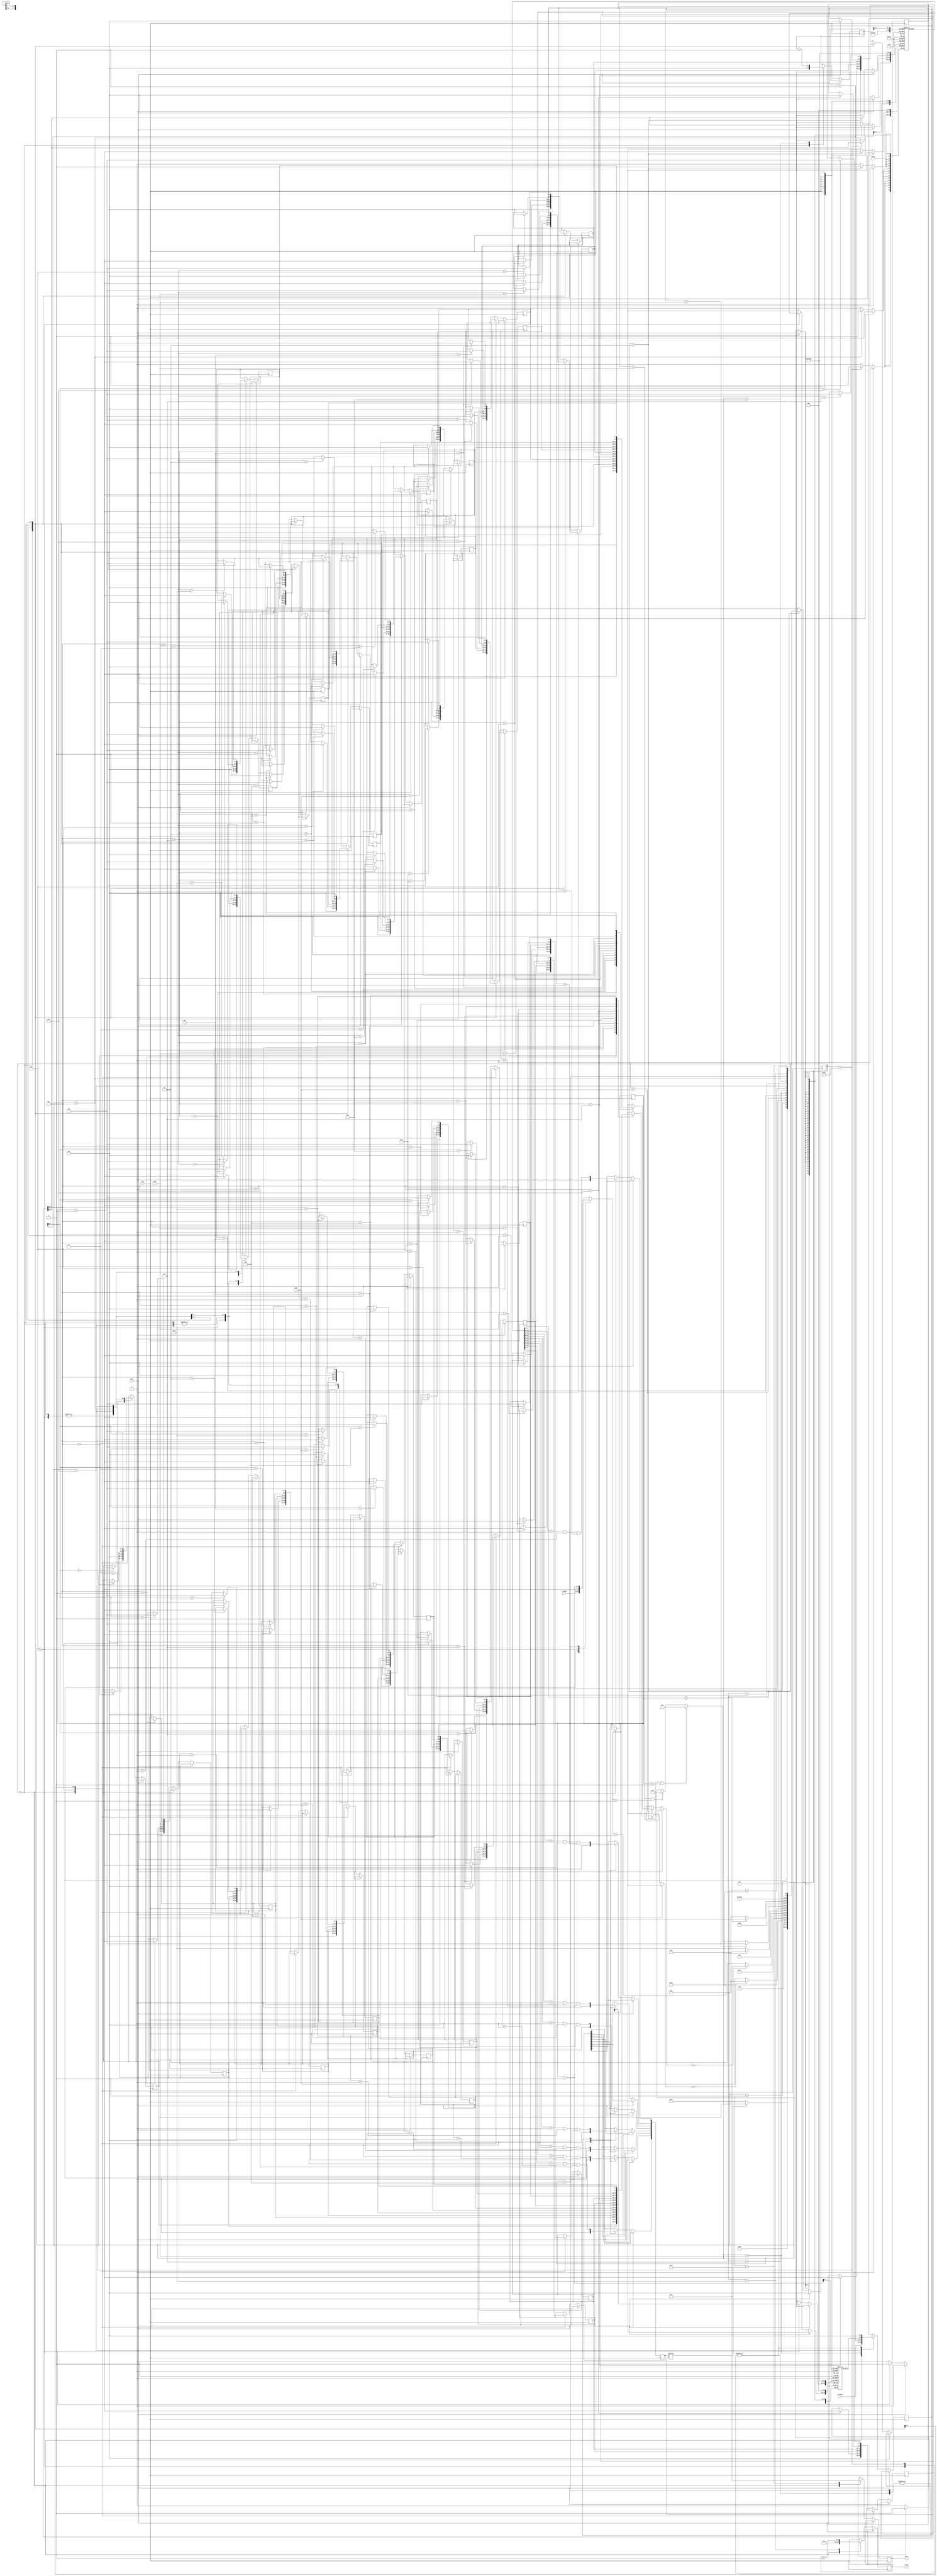
`timescale 1ns / 1ps
//////////////////////////////////////////////////////////////////////////////////
// Company: 
// Engineer: 
// 
// Design Name: 
// Module Name: Solver
// Project Name: 
// Target Devices: 
// Tool Versions: 
// Description: 
// 
// Dependencies: 
// 
// Revision:
// Revision 0.01 - File Created
// Additional Comments:
// 
//////////////////////////////////////////////////////////////////////////////////

module Solver #(parameter N = 5'd8, REGWIDTH = 5)(/*N, */i_colPtr, i_rowPtr, clk, reset, count, done);

    //parameter REGWIDTH = 5;
    
    //input [4:0] N;
    input [4:0] i_colPtr, i_rowPtr;
    input clk, reset;
    output reg [63:0] count;
    output reg done;
    
    reg [REGWIDTH - 1:0] minReg[(2*N-2):0], majReg[(2*N-2):0]; // minReg and majReg sizes are 2N-1
    reg [REGWIDTH - 1:0] colReg[(N-1):0], colPtrMem[(N-1):0]; // colReg and colPtrMem sizes are N
    reg [REGWIDTH - 1:0] colPtr, rowPtr, tempColPtr;
    reg [(N-1):0] conflicts;

    localparam STATE_0 = 5'b00000, 
               STATE_1 = 5'b00001,
               STATE_2 = 5'b00010, 
               STATE_3 = 5'b00011, 
               STATE_4 = 5'b00100,
               STATE_5 = 5'b00101,
               STATE_6 = 5'b00110, 
               STATE_7 = 5'b00111, 
               STATE_8 = 5'b01000, 
               STATE_9 = 5'b01001, 
               STATE_10 = 5'b01010, 
               STATE_11 = 5'b01011, 
               STATE_12 = 5'b01100, 
               STATE_13 = 5'b01101, 
               STATE_14 = 5'b01110, 
               STATE_15 = 5'b01111, 
               STATE_16 = 5'b10000,
               STATE_8_5 = 5'b10001;

    reg [4:0] nextState;
    
    integer i;
    
    always @(posedge clk) begin
        if (reset) begin
            nextState <= STATE_0;
        end
        else begin
            case (nextState) 
                
                STATE_0: begin
                    for (i = 0; i < N; i = i + 1) begin
                        colReg[i] <= 0; colPtrMem[i] <= 0;
                    end
                    for (i = 0; i < (2*N-1); i = i + 1) begin
                        minReg[i] <= 0; majReg[i] <= 0; 
                    end
                    colPtr <= i_colPtr; rowPtr <= i_rowPtr; tempColPtr <= 0; conflicts <= 0; count <= 0; done <= 0;
                    //conflicts <= conflictsIn;
                    
                    nextState <= STATE_16;
                end
                
                STATE_1: begin
                /*If there is not a conflict in the current column, go to state that will place Queen in this row, column
                  If there is a conflict in the current column, go to state that will increment column pointer (move left)*/ 
                    if (conflicts[colPtr] == 0) begin
                        nextState <= STATE_2;
                    end
                    else begin
                        nextState <= STATE_8;
                    end
                end
                
                STATE_2: begin
                /*Checking if location pointed at by column pointer in minReg is available*/
                /*Row pinter has one added to it for comparison, as a zero indicates no conflict*/
                    colReg[colPtr] <= rowPtr + 1;
                
                    if (minReg[colPtr] == 0) begin
                        nextState <= STATE_3;
                    end
                    else begin
                        nextState <= STATE_4;
                    end
                end
                
                STATE_3: begin
                /*Update minReg to reflect newly placed Queen conflict*/
                /*Row pinter has one added to it for comparison, as a zero indicates no conflict*/
                    minReg[colPtr] = rowPtr + 1;
                    
                    nextState <= STATE_4;
                end
                
                STATE_4: begin
                /*Checking if location pointed at by column pointer in majReg is available*/
                    if (majReg[colPtr+(N-1)] == 0) begin
                        nextState <= STATE_5;
                    end
                    else begin
                        nextState <= STATE_6;
                    end
                end
                
                STATE_5: begin
                /*Update majReg to reflect newly placed Queen conflict*/
                /*Row pinter has one added to it for comparison, as a zero indicates no conflict*/
                    majReg[colPtr+(N-1)] = rowPtr + 1;
                    
                    nextState <= STATE_6;
                end
                
                STATE_6: begin // i < 2N - 2
                /*Left Shifting minReg (down-left)*/
                /*Right Shifting majReg (down-right)*/
                    for (i = 0; i < (2*N-2); i = i + 1) begin
                        minReg[(2*N-2)-i] <= minReg[(2*N-3)-i];
                        majReg[i] <= majReg[i+1];
                    end
                /*Setting ends of minReg and majReg to zero (no conflict)*/
                /*Setting colPtrMem for this row to current column*/
                /*Then incrementing row and setting colPtr back to furthest right column*/
                    minReg[0] <= 0;
                    majReg[(2*N-2)] <= 0;
                    colPtrMem[rowPtr] <= colPtr;
                    rowPtr <= rowPtr + 1;
                    colPtr <= 0;
                    
                    nextState <= STATE_7;                    
                end
                
                STATE_7: begin
                /*Calculating conflicts from min, maj, and col registers
                  Stores conflicts for current row into conlficts register*/
                    for (i = 0; i < N; i = i + 1) begin
                        conflicts[i] <= ((colReg[i] > 0) | (minReg[i] > 0) | (majReg[(N-1)+i] > 0));
                    end
                /*If row pointer is not at bottom row, go to next row down*/
                    if (rowPtr < N) begin
                        nextState <= STATE_1;
                    end
                    else begin
                        nextState <= STATE_14;
                    end
                end
                
                STATE_8: begin
                /*Incrementing column pointer (move left)*/
                    colPtr <= colPtr + 1;
                    
                    nextState <= STATE_8_5;                    
                end
                
                STATE_8_5: begin
                /*If not at the furthest left column, go to state(STATE_1) that will attempt to place Queen*/
                /*If at the furthest left column and not at top row, go to state (STATE_9) that will reverse shift minReg, majReg*/
                /*If at the furthest left column and at the top row, go to state (STATE_15) that will end calculations*/
                    if (colPtr < N) begin
                        nextState <= STATE_1;
                    end
                    else if ((colPtr == N) & (rowPtr > 1)) begin
                        nextState <= STATE_9;
                    end
                    else if ((colPtr == N) & (rowPtr == 1)) begin
                        nextState <= STATE_15;
                    end
                end
                
                STATE_9: begin
                /*Reverse shifting to represent moving back up a row*/
                /*Right Shifting minReg*/
                /*Left Shifting majReg*/
                    for (i = 0; i < (2*N-2); i = i + 1) begin
                        minReg[i] <= minReg[i+1];
                        majReg[(2*N-2)-i] <= majReg[(2*N-3)-i];
                    end
                /*Shifting in zeros (no conflict) at ends of minReg, majReg*/
                /*Column location is set by referencing stored location in colPtrMem for previous row*/
                    minReg[(2*N-2)] <= 0;
                    majReg[0] <= 0;
                    colPtr <= colPtrMem[rowPtr - 1];
                    nextState <= STATE_12;
                end
                
                STATE_10: begin
                    if (colReg[tempColPtr] == rowPtr) begin
                       nextState <= STATE_12; 
                    end
                    else begin
                        nextState <= STATE_11;
                    end
                end
                
                STATE_11: begin
                    tempColPtr = tempColPtr + 1;
                    
                    nextState <= STATE_10;
                end
                
                STATE_12: begin
                /*Needing to backtrack and erase old Queen conflicts*/
                    colReg[colPtr] <= 0;
                    minReg[colPtr] <= 0;
                    majReg[colPtr+(N-1)] <= 0;
                    
                    nextState <= STATE_13;
                end
                
                STATE_13: begin
                /*Updating conflicts register after removing old Queen conflicts done in previous state*/
                /*Moving back up a row*/
                    for (i = 0; i < N; i = i + 1) begin
                        conflicts[i] <= ((colReg[i] > 0) | (minReg[i] > 0) | (majReg[(N-1)+i] > 0));
                    end
                    
                    rowPtr <= rowPtr - 1;
                    
                    nextState <= STATE_8;
                end
                
                STATE_14: begin
                /*Solution found, increment count*/
                /*Go to state (STATE_9) to go */
                    count <= count + 1;
                    
                    nextState <= STATE_9;
                end
                
                STATE_15: begin
                    done <= 1;
                end
                
                STATE_16: begin
                /*Setting initial conflicts into the three registers from pre-placed Queen*/
                    colReg[colPtr] <= 1; 
                    minReg[colPtr+1] <= 1; 
                    majReg[colPtr+N-2] <= 1;
                    colPtr <= 0;
                    
                    nextState <= STATE_7;
                end
                
                default: begin
                    nextState <= STATE_0;
                end
                
            endcase
        end
    end
endmodule
/*
module Solver #(parameter DATAWIDTH = 6)(n, min, maj, col, row_index, 
                                         clk, reset, 
                                         next_min, next_maj, next_col, next_row_index, 
                                         count, done, init, reg_load);

    input [3:0] n;
    input [DATAWIDTH - 1:0] min, maj, col, row_index;
    input clk, reset;
    output reg [DATAWIDTH - 1:0] next_min, next_maj, next_col, next_row_index, count;
    output reg done, init, reg_load;
    
    reg [DATAWIDTH - 1:0] queenPosition, conflicts, tempRowIndex, tempMin, tempMaj, tempCol, queenColumns;
    
    
    reg [DATAWIDTH - 1:0] rows[0:DATAWIDTH - 1];
    reg [DATAWIDTH - 1:0] conflictMem[0:DATAWIDTH - 1];
    
    localparam STATE_0 = 4'b0000,
               STATE_1 = 4'b0001,
               STATE_2 = 4'b0010,
               STATE_3 = 4'b0011,
               STATE_4 = 4'b0100,
               STATE_5 = 4'b0101,
               STATE_6 = 4'b0110,
               STATE_7 = 4'b0111,
               STATE_8 = 4'b1000,
               STATE_9 = 4'b1001,
               STATE_10 = 4'b1010,
               STATE_11 = 4'b1011,
               STATE_12 = 4'b1100,
               STATE_13 = 4'b1101,
               STATE_14 = 4'b1110,
               STATE_15 = 4'b1111;
               
    reg [3:0] state, nextState;
    
    integer i;
    
    always @(posedge clk)
        begin
            if (reset == 1) begin
                nextState <= STATE_0;
            end
            else begin
            
            case (nextState)
                
                STATE_0: begin //  Initializing values, setting up to receive initial min, maj, col, and row index values.
                    count <= 0;
                    done <= 1'b0;
                    init <= 1'b1;
                    queenPosition <= 0;
                    tempRowIndex <= 0;
                    conflicts <= 0;
                    queenColumns <= 0;
                    
                    for (i = 0; i < DATAWIDTH; i = i + 1) begin
                        rows[i] <= 0;
                        conflictMem[i] <= 0;
                    end
                    
                    nextState <= STATE_1;
                end
                
                STATE_1: begin //  Loading new values for min, maj, col, and row index.
                    tempMin <= min;
                    tempMaj <= maj;
                    tempCol <= col;
                    tempRowIndex <= row_index;
                    
                    
                    if (row_index == 0) begin
                        queenColumns = 0;
                    end
                    else begin
                        queenColumns <= queenColumns | rows[row_index - 1];
                    end
                    nextState <= STATE_2;
                end
                
                STATE_2: begin //  Incrementing solution count and continuing FOR loop from previous call.
                    //queenColumns <= queenColumns | rows[tempRowIndex];
                    if ((tempRowIndex) == n) begin
                            nextState <= STATE_5;
                    end
                    else begin
                            nextState <= STATE_3;
                    end
                end
                
                STATE_3: begin //  Getting conflicts for current row.
                    conflicts <= (tempMin | tempMaj | tempCol | queenColumns);
                    nextState <= STATE_4;
                end
                
                STATE_4: begin  //  Initialiazing FOR Loop.
                    queenPosition <= 1;
                    nextState <= STATE_6;
                end
                
                STATE_5: begin //  Continuing FOR Loop, left shifting by one queen's position on current row.
                    count <= count + 1;
                    nextState <= STATE_7;
                end
                
                STATE_6: begin //  Comparing value of conflicts and potential position of queen on current row.
                    if ((conflicts & queenPosition) == 0) begin
                        nextState <= STATE_8;
                    end
                    else begin
                        nextState <= STATE_7;
                    end
                end
                
                STATE_7: begin //  No available spot for queen on current row.  Check to see if queen on top row is at it's last position.  
                               //  If so, done.  If not, need to shift queen's position on current row.
                    if (rows[0][DATAWIDTH - 1] == 1'b1) begin
                        nextState <= STATE_15;
                    end
                    else begin
                        if (queenPosition[DATAWIDTH - 1] == 1'b1) begin
                            nextState <= STATE_10;
                        end
                        else begin
                            nextState <= STATE_9;
                        end
                        
                    end
                end
                
                STATE_8: begin //  Queen has been placed on current row with no conflicts, update next min, maj, col conflicts and increment current row.  
                               //  Write queen's position on current row to rows in case have to come back to current row.
                    next_min <= (tempMin | queenPosition) << 1;
                    next_maj <= (tempMaj | queenPosition) >> 1;
                    next_col <= tempCol | queenPosition;
                    next_row_index <= tempRowIndex + 1;
                    rows[tempRowIndex] <= queenPosition;
                    conflictMem[tempRowIndex] <= conflicts;
                    init <= 1'b0;
                    nextState <= STATE_1;
                end
                
                STATE_9: begin //  No available spot for queen on current row, left shit queen's position on current row by one.
                    queenPosition <= queenPosition << 1;
                    nextState <= STATE_6;
                end
                
                STATE_10: begin //  If queen's position has been shifted out of column range, decrement current row, index into previous rows to get queen's position in previous row.  
                                //  Go back to continuing FOR Loop to increment queen's position in previous row.
                    rows[tempRowIndex] <= 0;
                    conflictMem[tempRowIndex] <= 0;
                    queenPosition <= rows[tempRowIndex - 1];
                    conflicts <= conflictMem[tempRowIndex - 1] | rows[tempRowIndex - 1];
               
                    nextState <= STATE_11;
                   
                end
                
                STATE_11: begin
                    queenColumns <= queenColumns ^ queenPosition;
                    tempRowIndex <= tempRowIndex - 1;
                    nextState <= STATE_12;
                end
                
                STATE_12: begin
                    conflicts <= conflicts | queenColumns;
                    if ((tempRowIndex) == 0) begin
                        nextState <= STATE_14;
                    end
                    else begin
                        nextState <= STATE_13;
                    end
                end
                
                STATE_13: begin
                    tempMin <= rows[tempRowIndex - 1] << 1;
                    tempMaj <= rows[tempRowIndex - 1] >> 1;
                    tempCol <= rows[tempRowIndex - 1];
                    nextState <= STATE_6;
                end
                
                STATE_14: begin
                    tempMin <= 0;
                    tempMaj <= 0;
                    tempCol <= 0;
                    nextState <= STATE_6;
                end
                
                STATE_15: begin
                    done <= 1'b1;
                    nextState <= STATE_15;
                end
                
                default: begin
                    nextState <= STATE_0;
                end
                
            endcase
            end
        end
        
endmodule
*/
/*
module Solver #(parameter DATAWIDTH = 8)(ld, col, rd, clk, reset, next_ld, next_col, next_rd, count, done, init, reg_load);

    input [DATAWIDTH - 1:0] ld, col;
    input [DATAWIDTH - 1:0] rd;
    input clk, reset;
    output reg [DATAWIDTH - 1:0] next_ld, next_col, count;
    output reg [DATAWIDTH - 1:0] next_rd;
    output reg done, init, reg_load;
    reg [DATAWIDTH - 1:0] possibleSlots;
    reg [DATAWIDTH - 1:0] currentBit;
    reg [DATAWIDTH - 1:0] limit = -1;
    
    localparam STATE_Initial = 4'b0000, 
               STATE_0 = 4'b0001,
               STATE_1 = 4'b0010,
               STATE_2 = 4'b0011,
               STATE_3 = 4'b0100,
               STATE_4 = 4'b0101,
               STATE_5 = 4'b0110,
               STATE_Done = 4'b0111;
               
    reg [DATAWIDTH - 1:0] state, nextState;
               
    always @(posedge clk)
        begin
            case (state)
            
                STATE_Initial: begin
                    count <= 0;
                    done <= 0;
                    reg_load <= 1'b0;
                    init <= 1'b1;
                    //possibleSlots <= ~(ld | col | rd);
                    nextState <= STATE_0;
                end
                
                STATE_0: begin
                    reg_load <= 1'b1;
                    //possibleSlots <= ~(ld | col | rd);
                    if (col == -1)
                        begin
                            nextState <= STATE_1;
                        end
                    else
                        begin
                            nextState <= STATE_2;
                        end
                end
               
                STATE_1: begin
                    count <= count + 1;
                    nextState <= STATE_3;
                end
                
                STATE_2: begin
                    possibleSlots <= limit & ~(ld | col | rd);
                    nextState <= STATE_3;
                end
                
                STATE_3: begin
                    //possibleSlots <= ~(ld | col | rd);
                    reg_load <= 1'b0;
                    init <= 1'b0;
                    if (possibleSlots != 0)
                        begin
                            nextState <= STATE_4;
                        end
                    else
                        begin
                            nextState <= STATE_Done;
                        end
                end
                
                STATE_4: begin
                    currentBit <= possibleSlots & -(possibleSlots);
                    nextState <= STATE_5;
                end
                
                STATE_5: begin
                    possibleSlots <= possibleSlots - currentBit;
                    next_col <= col | currentBit;
                    next_ld <= (ld | currentBit) >> 1;
                    next_rd <= (rd | currentBit) << 1;
                    nextState <= STATE_0;
                end
                
                STATE_Done: begin
                    done <= 1;
                    nextState <= STATE_Done;
                end
                
                default: begin
                    nextState <= STATE_Initial;
                end
            endcase
        end
        
        always @(posedge clk)
            begin
                if (reset == 1'b1)
                    begin
                        state <= STATE_Initial;
                    end
                else
                    begin
                        state <= nextState;
                    end
            end

endmodule
*/